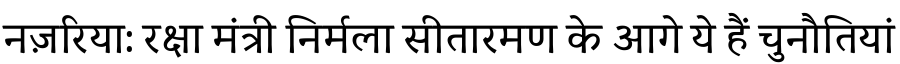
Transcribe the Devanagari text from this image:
नज़रिया: रक्षा मंत्री निर्मला सीतारमण के आगे ये हैं चुनौतियां